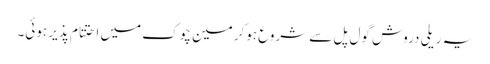
یہ ریلی دروش گول پل سے شروع ہوکر مین چوک میں احتتام پذیر ہوئی۔